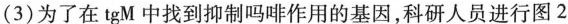
(3)为了在tgM中找到抑制吗啡作用的基因，科研人员进行图2